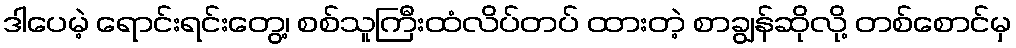
ဒါပေမဲ့ ရောင်းရင်းတွေ့၊ စစ်သူကြီးထံလိပ်တပ် ထားတဲ့ စာချွန်ဆိုလို့ တစ်စောင်မှ